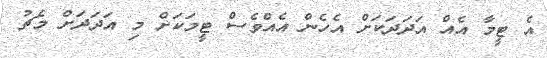
އެ ޓީމާ އެއް އަދަދަކަށް އެހެން އެއްވެސް ޓީމަކަށް މި އަދަދަށް މެޗު